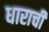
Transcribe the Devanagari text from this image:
धाराची